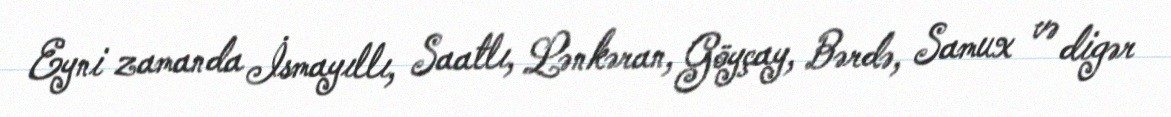
Eyni zamanda İsmayıllı, Saatlı, Lənkəran, Göyçay, Bərdə, Samux və digər